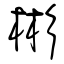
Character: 彬